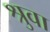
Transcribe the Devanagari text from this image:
श्रुवा